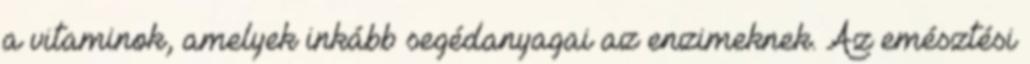
a vitaminok, amelyek inkább segédanyagai az enzimeknek. Az emésztési